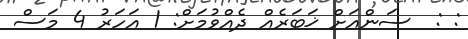
: :  ސަންއަށް ޚަބަރެއް ދެއްވުމަށް: 1 އަހަރު 4 މަސް